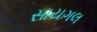
સાયગલ